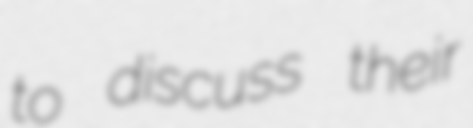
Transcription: to discuss their